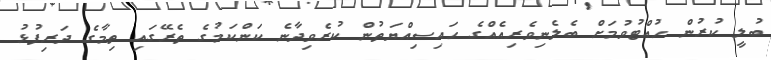
ބުލީ ކުރުން ހުއްޓުވުމަށް ބެލެނިވެރިއެއްގެ ހައިސިއްޔަތުން ކުރެވިދާނެ ކަންކަމުގެ ތެރޭގައި ތިމާގެ ދަރިފުޅު